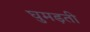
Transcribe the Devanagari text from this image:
घुमड़ती